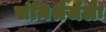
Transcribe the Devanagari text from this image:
संमिश्रैर्जलैः